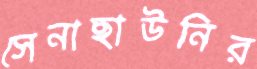
সেনাছাউনির